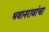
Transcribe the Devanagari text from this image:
भवानरावांचा